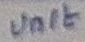
Text: Unit